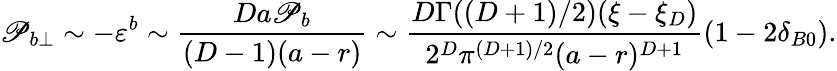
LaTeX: \mathscr{P}_{b\perp}\sim-\varepsilon^{b}\sim\frac{{Da\mathscr{P}_{b}}}{{(D-1)(a-r)}}\sim\frac{{D\Gamma((D+1)/2)(\xi-\xi_{D})}}{{2^{D}\pi^{(D+1)/2}(a-r)^{D+1}}}\left(1-2\delta_{B0}\right).